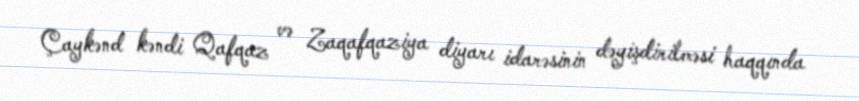
Çaykənd kəndi Qafqaz və Zaqafqaziya diyarı idarəsinin dəyişdirilməsi haqqında